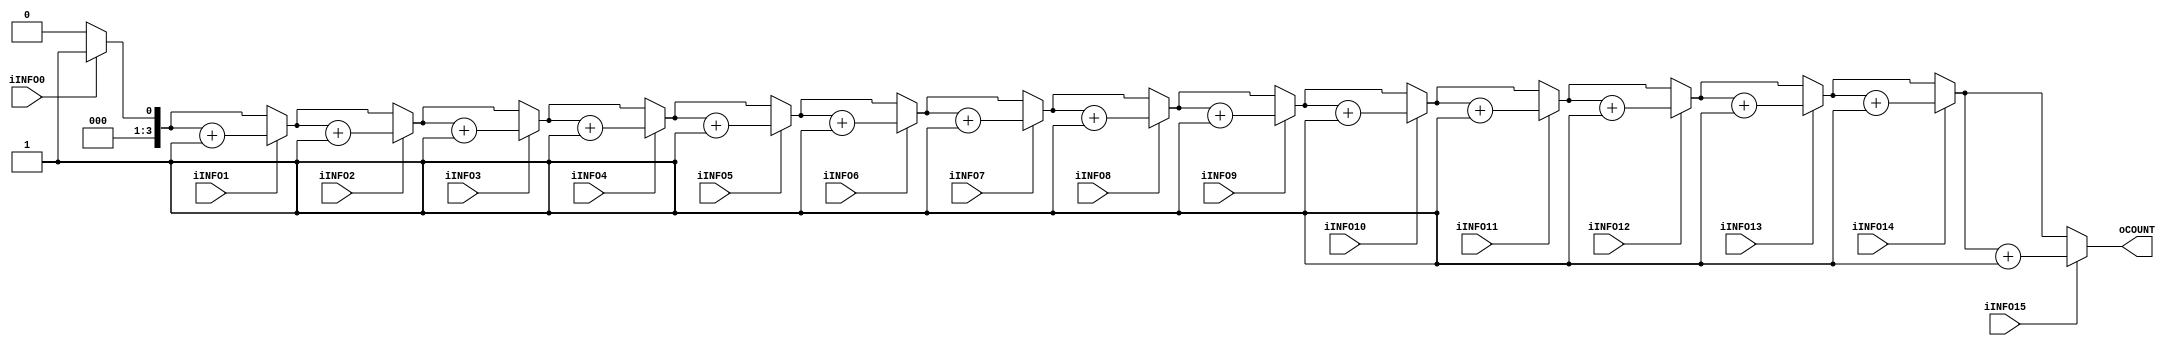
module reservation_free_entry_count(
		input wire iINFO0,
		input wire iINFO1,
		input wire iINFO2,
		input wire iINFO3,
		input wire iINFO4,
		input wire iINFO5,
		input wire iINFO6,
		input wire iINFO7,
		input wire iINFO8,
		input wire iINFO9,
		input wire iINFO10,
		input wire iINFO11,
		input wire iINFO12,
		input wire iINFO13,
		input wire iINFO14,
		input wire iINFO15,
		output wire [3:0] oCOUNT
	);
	
	assign oCOUNT = func_rb_free_count16(
									iINFO0, iINFO1, iINFO2, iINFO3,
									iINFO4, iINFO5, iINFO6, iINFO7,
									iINFO8, iINFO9, iINFO10, iINFO11,
									iINFO12, iINFO13, iINFO14, iINFO15
								);

	function [3:0] func_rb_free_count16;
		input func_rb0;
		input func_rb1;
		input func_rb2;
		input func_rb3;
		input func_rb4;
		input func_rb5;
		input func_rb6;
		input func_rb7;
		input func_rb8;
		input func_rb9;
		input func_rb10;
		input func_rb11;
		input func_rb12;
		input func_rb13;
		input func_rb14;
		input func_rb15;
		reg [3:0] func_rb_tmp_count;
		begin
			func_rb_tmp_count = 4'h0;
			if(func_rb0)begin
				func_rb_tmp_count = func_rb_tmp_count + 4'h1;
			end
			if(func_rb1)begin
				func_rb_tmp_count = func_rb_tmp_count + 4'h1;
			end
			if(func_rb2)begin
				func_rb_tmp_count = func_rb_tmp_count + 4'h1;
			end
			if(func_rb3)begin
				func_rb_tmp_count = func_rb_tmp_count + 4'h1;
			end
			if(func_rb4)begin
				func_rb_tmp_count = func_rb_tmp_count + 4'h1;
			end
			if(func_rb5)begin
				func_rb_tmp_count = func_rb_tmp_count + 4'h1;
			end	
			if(func_rb6)begin
				func_rb_tmp_count = func_rb_tmp_count + 4'h1;
			end
			if(func_rb7)begin
				func_rb_tmp_count = func_rb_tmp_count + 4'h1;
			end
			if(func_rb8)begin
				func_rb_tmp_count = func_rb_tmp_count + 4'h1;
			end
			if(func_rb9)begin
				func_rb_tmp_count = func_rb_tmp_count + 4'h1;
			end
			if(func_rb10)begin
				func_rb_tmp_count = func_rb_tmp_count + 4'h1;
			end
			if(func_rb11)begin
				func_rb_tmp_count = func_rb_tmp_count + 4'h1;
			end
			if(func_rb12)begin
				func_rb_tmp_count = func_rb_tmp_count + 4'h1;
			end
			if(func_rb13)begin
				func_rb_tmp_count = func_rb_tmp_count + 4'h1;
			end
			if(func_rb14)begin
				func_rb_tmp_count = func_rb_tmp_count + 4'h1;
			end
			if(func_rb15)begin
				func_rb_tmp_count = func_rb_tmp_count + 4'h1;
			end
			func_rb_free_count16 = func_rb_tmp_count;
		end
	endfunction
	
endmodule